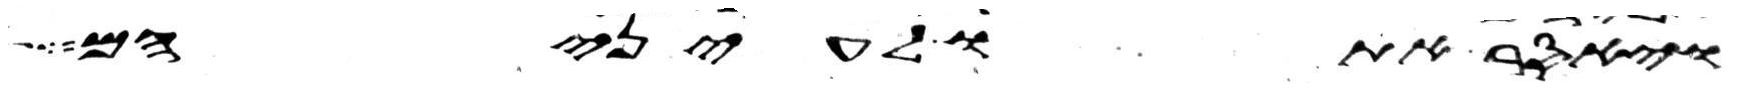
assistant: ויאסר אתו לעיניהם